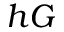
h G